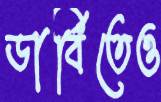
ডার্বিতেও